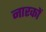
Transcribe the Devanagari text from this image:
नारकों